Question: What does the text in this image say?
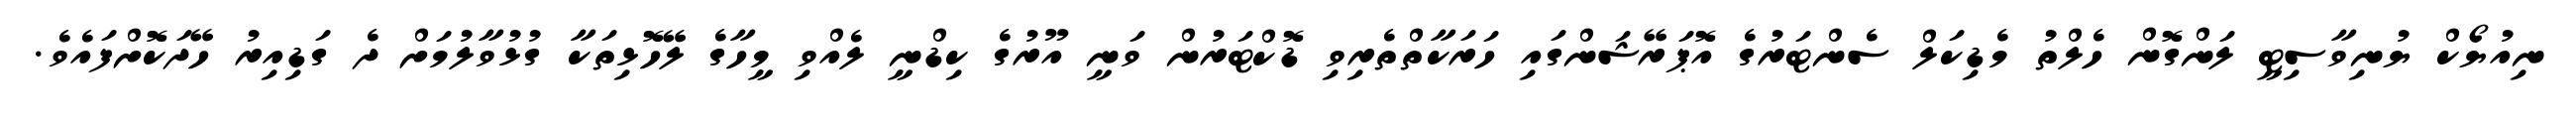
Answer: ނިއުޔޯކް ޔުނިވާސިޓީ ލަންގޮން ހެލްތު މެޑިކަލް ސެންޓަރުގެ އޮޕަރޭޝަންގައި ހަރަކާތްތެރިވި ޑޮކްޓަރުން ވަނީ އޫރުގެ ކިޑްނީ ލެއްވި މީހާގެ ލޭހޮޅިތަކާ ގުޅުވާލުމަށް ދެ ގަޑިއިރު ހޭދަކޮށްފައެވެ.